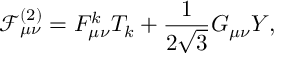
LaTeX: { \mathcal { F } } _ { \mu \nu } ^ { ( 2 ) } = F _ { \mu \nu } ^ { k } T _ { k } + \frac { 1 } { 2 \sqrt { 3 } } G _ { \mu \nu } Y ,